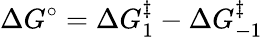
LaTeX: \Delta G^{\circ}=\Delta G_{1}^{\ddagger}-\Delta G_{-1}^{\ddagger}